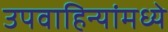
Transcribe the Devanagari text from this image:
उपवाहिन्यांमध्ये